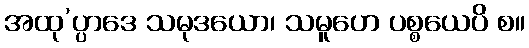
အထု’ပ္ပာဒေ သမုဒယော၊ သမူဟေ ပစ္စယေပိ စ။